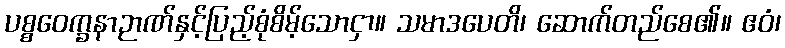
ပစ္စဝေက္ခနာဉာဏ်နှင့်ပြည့်စုံစိမ့်သောငှာ။ သမာဒပေတိ၊ ဆောက်တည်စေ၏။ ဧဝံ၊